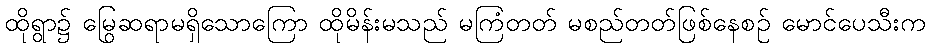
ထိုရွာ၌ မြွေဆရာမရှိသောကြော ထိုမိန်းမသည် မကြံတတ် မစည်တတ်ဖြစ်နေစဉ် မောင်ပေသီးက